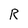
Character: R